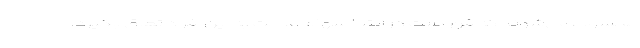
محسوب می‌شوند که قرار است در ابتدا سهام عدالت به این افراد تعلق بگیرد.